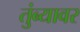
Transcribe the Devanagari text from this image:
तुंब्यावर